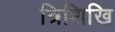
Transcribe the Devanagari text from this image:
त्रिशिखि